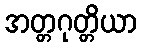
အတ္တဂုတ္တိယာ